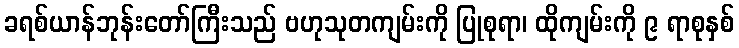
ခရစ်ယာန်ဘုန်းတော်ကြီးသည် ဗဟုသုတကျမ်းကို ပြုစုရာ၊ ထိုကျမ်းကို ၉ ရာစုနှစ်